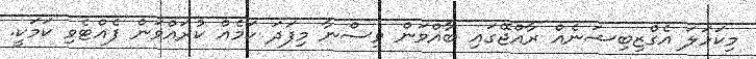
މިކަހަލަ އެގްޒިބިޝަނެއް ރާއްޖޭގައި ބާއްވަން ވިސްނާ މިފަދަ ކަމެއް ކުރައްވަން ފެއްޓެވި ކަމަކީ.